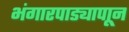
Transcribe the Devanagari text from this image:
भंगारपाड्यापाून